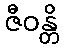
ဇီဝန္တိ